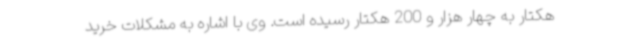
هکتار به چهار هزار و 200 هکتار رسیده است. وی با اشاره به مشکلات خرید